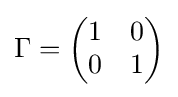
\Gamma ={\begin{pmatrix}1&0\\0&1\end{pmatrix}}